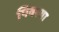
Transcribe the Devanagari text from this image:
पिवश्या